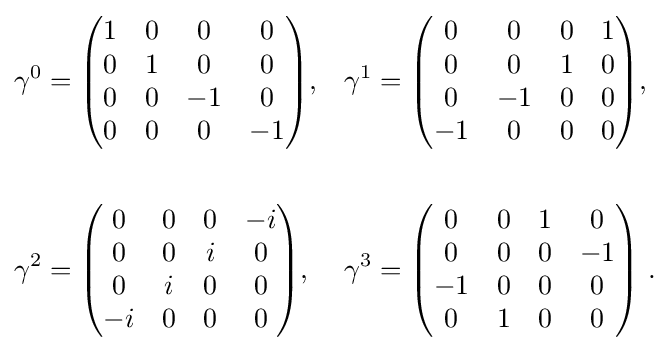
{\begin{aligned}\gamma ^{0}&={\begin{pmatrix}1&0&0&0\\0&1&0&0\\0&0&-1&0\\0&0&0&-1\end{pmatrix}},&\gamma ^{1}&={\begin{pmatrix}0&0&0&1\\0&0&1&0\\0&-1&0&0\\-1&0&0&0\end{pmatrix}},\\\\\gamma ^{2}&={\begin{pmatrix}0&0&0&-i\\0&0&i&0\\0&i&0&0\\-i&0&0&0\end{pmatrix}},&\gamma ^{3}&={\begin{pmatrix}0&0&1&0\\0&0&0&-1\\-1&0&0&0\\0&1&0&0\end{pmatrix}}~.\end{aligned}}